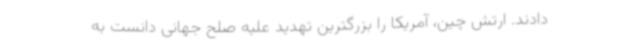
دادند. ارتش چین، آمریکا را بزرگترین تهدید علیه صلح جهانی دانست به